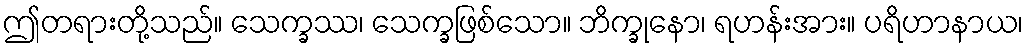
ဤတရားတို့သည်။ သေက္ခဿ၊ သေက္ခဖြစ်သော။ ဘိက္ခုနော၊ ရဟန်းအား။ ပရိဟာနာယ၊